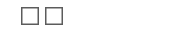
٩٤